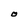
Character: O